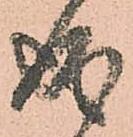
成